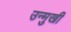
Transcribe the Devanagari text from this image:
उन्‍मुखी